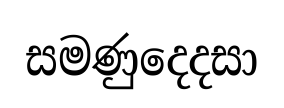
සමණුදෙදසා